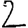
Digit: 2